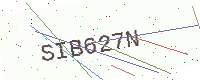
Text: SIB627N